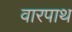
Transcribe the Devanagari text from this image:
वारपाथ